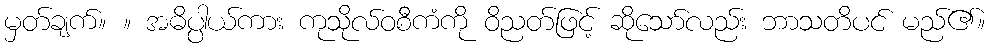
မှတ်ချက်။ ။ အဓိပ္ပါယ်ကား ကုသိုလ်ဝစီကံကို ဝိညတ်ဖြင့် ဆိုသော်လည်း ဘာသတိပင် မည်၏။